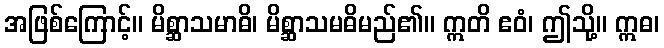
အဖြစ်ကြောင့်။ မိစ္ဆာသမာဓိ၊ မိစ္ဆာသမဓိမည်၏။ ဣတိ ဧဝံ၊ ဤသို့။ ဣဓ၊